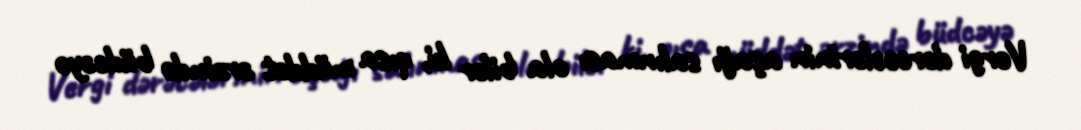
Vergi dərəcələrinin aşağı salınması ola bilər ki, qısa müddət ərzində büdcəyə